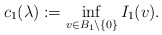
\begin{align*} c_1(\lambda) := \inf_{v\in B_1\setminus\{0\}} I_1(v).\end{align*}